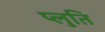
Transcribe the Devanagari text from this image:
प्लुति